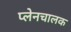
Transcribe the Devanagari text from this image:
प्लेनचालक